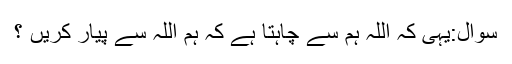
سوال:یہی کہ اللہ ہم سے چاہتا ہے کہ ہم اللہ سے پیار کریں ؟